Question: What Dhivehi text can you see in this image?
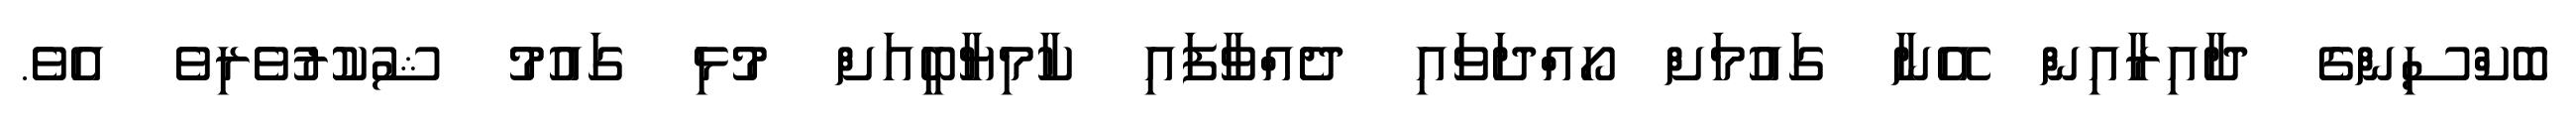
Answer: ބޮކްސިންގެ ދާއިރާއިން އޭނާ ގައުމަށް ހޯއްދަވައި ދެއްވާފައި ކާމިޔާބީއަށް މުޅި ގައުމު ޝުކުރުވެރިވެ އެވެ.